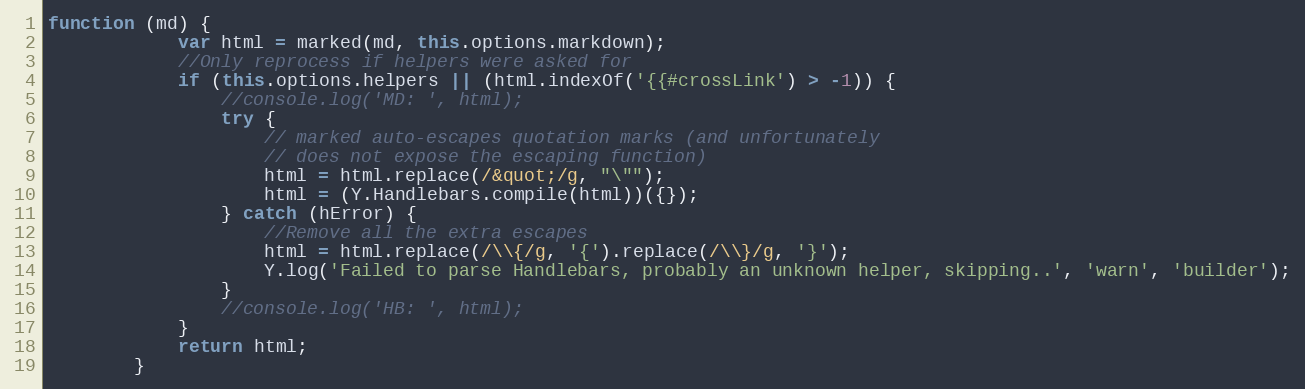
Language: JavaScript
function (md) {
            var html = marked(md, this.options.markdown);
            //Only reprocess if helpers were asked for
            if (this.options.helpers || (html.indexOf('{{#crossLink') > -1)) {
                //console.log('MD: ', html);
                try {
                    // marked auto-escapes quotation marks (and unfortunately
                    // does not expose the escaping function)
                    html = html.replace(/&quot;/g, "\"");
                    html = (Y.Handlebars.compile(html))({});
                } catch (hError) {
                    //Remove all the extra escapes
                    html = html.replace(/\\{/g, '{').replace(/\\}/g, '}');
                    Y.log('Failed to parse Handlebars, probably an unknown helper, skipping..', 'warn', 'builder');
                }
                //console.log('HB: ', html);
            }
            return html;
        }